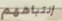
إنتباههم